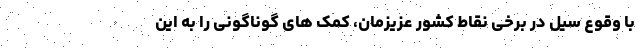
با وقوع سیل در برخی نقاط کشور عزیزمان، کمک های گوناگونی را به این